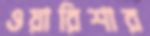
ওয়ারিশার